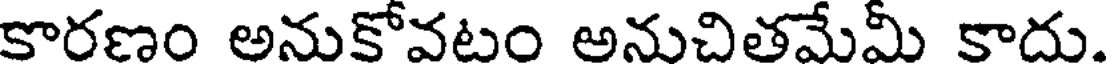
కారణం అనుకోవటం అనుచితమేమీ కాదు.